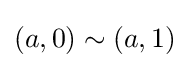
(a,0)\sim (a,1)